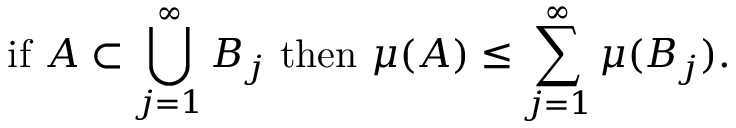
{ \mathrm { i f ~ } } A \subset \bigcup _ { j = 1 } ^ { \infty } B _ { j } { \mathrm { ~ t h e n ~ } } \mu ( A ) \leq \sum _ { j = 1 } ^ { \infty } \mu ( B _ { j } ) .